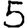
Digit: 5